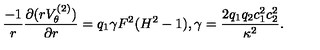
\frac { - 1 } { r } \frac { \partial ( r V _ { \theta } ^ { ( 2 ) } ) } { \partial r } = q _ { 1 } \gamma F ^ { 2 } ( H ^ { 2 } - 1 ) , \gamma = \frac { 2 q _ { 1 } q _ { 2 } c _ { 1 } ^ { 2 } c _ { 2 } ^ { 2 } } { \kappa ^ { 2 } } .